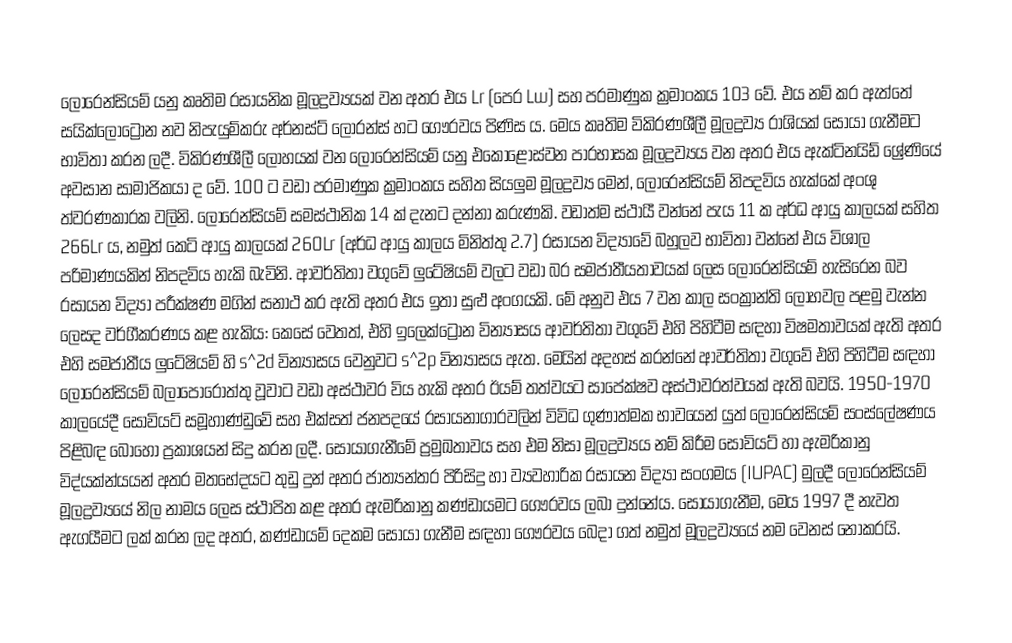

ලෝරෙන්සියම් යනු කෘතිම රසායනික මූලද්‍රව්‍යයක් වන අතර එය Lr (පෙර Lw) සහ පරමාණුක ක්‍රමාංකය 103 වේ. එය නම් කර ඇත්තේ සයික්ලොට්‍රෝන නව නිපැයුම්කරු අර්නස්ට් ලෝරන්ස් හට ගෞරවය පිණිස ය. මෙය කෘතිම විකිරණශීලී මූලද්‍රව්‍ය රාශියක් සොයා ගැනීමට භාවිතා කරන ලදී. විකිරණශීලී ලෝහයක් වන ලෝරෙන්සියම් යනු එකොළොස්වන පාරභාසක මූලද්‍රව්‍යය වන අතර එය ඇක්ටිනයිඩ් ශ්‍රේණියේ අවසාන සාමාජිකයා ද වේ. 100 ට වඩා පරමාණුක ක්‍රමාංකය සහිත සියලුම මූලද්‍රව්‍ය මෙන්, ලෝරෙන්සියම් නිපදවිය හැක්කේ අංශු ත්වරණකාරක වලිනි. ලෝරෙන්සියම් සමස්ථානික 14 ක් දැනට දන්නා කරුණකි. වඩාත්ම ස්ථායී වන්නේ පැය 11 ක අර්ධ ආයු කාලයක් සහිත 266Lr ය, නමුත් කෙටි ආයු කාලයක් 260Lr (අර්ධ ආයු කාලය මිනිත්තු 2.7) රසායන විද්‍යාවේ බහුලව භාවිතා වන්නේ එය විශාල පරිමාණයකින් නිපදවිය හැකි බැවිනි. ආවර්තිතා වගුවේ ලුටේෂියම් වලට වඩා බර සමජාතීයතාවයක් ලෙස ලෝරෙන්සියම් හැසිරෙන බව රසායන විද්‍යා පරීක්ෂණ මගින් සනාථ කර ඇති අතර එය ඉතා සුළු අංගයකි. මේ අනුව එය 7 වන කාල සංක්‍රාන්ති ලෝහවල පළමු වැන්න ලෙසද වර්ගීකරණය කළ හැකිය: කෙසේ වෙතත්, එහි ඉලෙක්ට්‍රෝන වින්‍යාසය ආවර්තිතා වගුවේ එහි පිහිටීම සඳහා විෂමතාවයක් ඇති අතර එහි සමජාතීය ලුටේෂියම් හි s^2d වින්‍යාසය වෙනුවට s^2p වින්‍යාසය ඇත. මෙයින් අදහස් කරන්නේ ආවර්තිතා වගුවේ එහි පිහිටීම සඳහා ලෝරෙන්සියම් බලාපොරොත්තු වූවාට වඩා අස්ථාවර විය හැකි අතර ඊයම් තත්වයට සාපේක්ෂව අස්ථාවරත්වයක් ඇති බවයි. 1950-1970 කාලයේදී සෝවියට් සමූහාණ්ඩුවේ සහ එක්සත් ජනපදයේ රසායනාගාරවලින් විවිධ ගුණාත්මක භාවයෙන් යුත් ලෝරෙන්සියම් සංස්ලේෂණය පිළිබඳ බොහෝ ප්‍රකාශයන් සිදු කරන ලදී. සොයාගැනීමේ ප්‍රමුඛතාවය සහ එම නිසා මූලද්‍රව්‍යය නම් කිරීම සෝවියට් හා ඇමරිකානු විද්යක්න්යයන් අතර මතභේදයට තුඩු දුන් අතර ජාත්‍යන්තර පිරිසිදු හා ව්‍යවහාරික රසායන විද්‍යා සංගමය (IUPAC) මුලදී ලෝරෙන්සියම් මූලද්‍රව්‍යයේ නිල නාමය ලෙස ස්ථාපිත කළ අතර ඇමරිකානු කණ්ඩායමට ගෞරවය ලබා දුන්නේය. සොයාගැනීම, මෙය 1997 දී නැවත ඇගයීමට ලක් කරන ලද අතර, කණ්ඩායම් දෙකම සොයා ගැනීම සඳහා ගෞරවය බෙදා ගත් නමුත් මූලද්‍රව්‍යයේ නම වෙනස් නොකරයි.